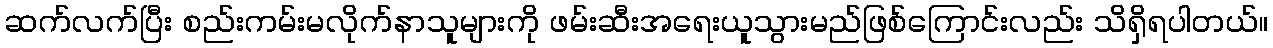
ဆက်လက်ပြီး စည်းကမ်းမလိုက်နာသူများကို ဖမ်းဆီးအရေးယူသွားမည်ဖြစ်ကြောင်းလည်း သိရှိရပါတယ်။